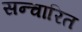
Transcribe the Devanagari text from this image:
सन्चारित